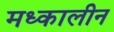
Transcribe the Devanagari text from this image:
मध्कालीन